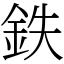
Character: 鉄